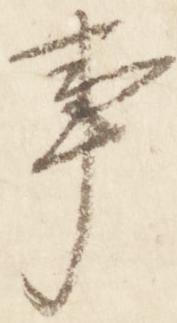
事